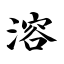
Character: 溶